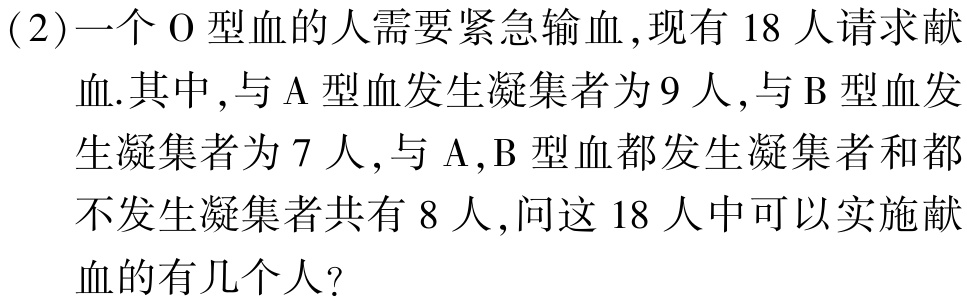
(2)一个$\mathrm{O}$型血的人需要紧急输血,现有$18$人请求献血.其中,与$\mathrm{A}$型血发生凝集者为$9$人,与$\mathrm{B}$型血发生凝集者为$7$人,与$\mathrm{A},\mathrm{B}$型血都发生凝集者和都不发生凝集者共有$8$人,问这$18$人中可以实施献血的有几个人?